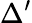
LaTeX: \Delta^{\prime}